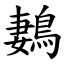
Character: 鶈